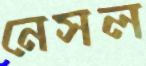
নেসল